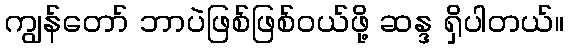
ကျွန်တော် ဘာပဲဖြစ်ဖြစ်ဝယ်ဖို့ ဆန္ဒ ရှိပါတယ်။